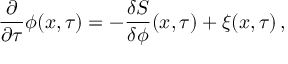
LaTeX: \frac { \partial } { \partial \tau } \phi ( x , \tau ) = - \frac { \delta S } { \delta \phi } ( x , \tau ) + \xi ( x , \tau ) \, ,